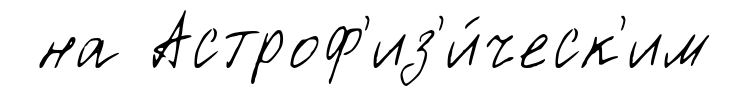
на Астроф'из'и́ческ'им